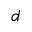
d